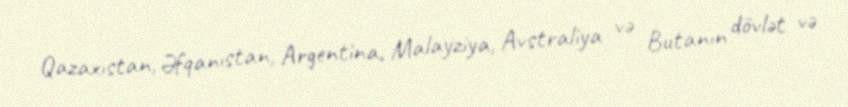
Qazaxıstan, Əfqanıstan, Argentina, Malayziya, Avstraliya və Butanın dövlət və